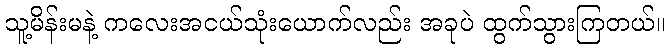
သူ့မိန်းမနဲ့ ကလေးအငယ်သုံးယောက်လည်း အခုပဲ ထွက်သွားကြတယ်။